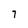
Character: 7